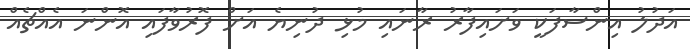
އަދުލު އިންސާފަކީ ވަށައިފާރު ރާނައި މުޅި ދުނިޔެ އަށް ފޮރުވާފައި އޮންނަ އެއްޗެއް